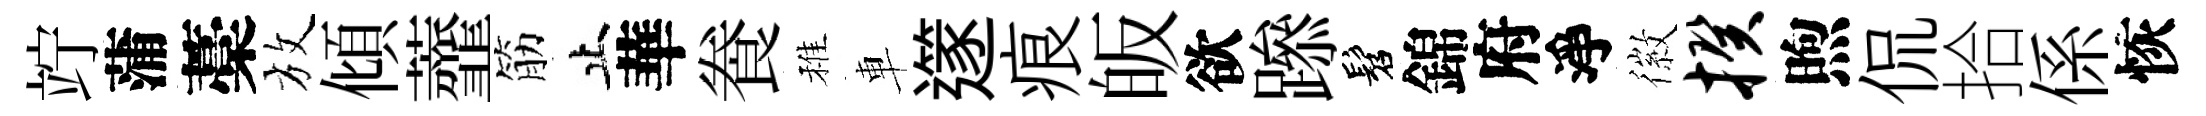
竚蒲藁放傾虀筋止華飬稚車𨗹痕皈欲𨅶髫錦府淨徽揆煦侃拾係恢